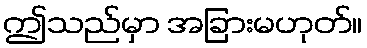
ဤသည်မှာ အခြားမဟုတ်။